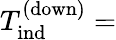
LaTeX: T_{\mathrm{ind}}^{\mathrm{(down)}}=